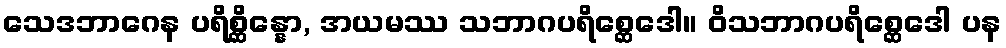
သေဒဘာဂေန ပရိစ္ဆိန္နော, အယမဿ သဘာဂပရိစ္ဆေဒေါ။ ဝိသဘာဂပရိစ္ဆေဒေါ ပန